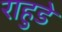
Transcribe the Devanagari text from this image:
राहुडे